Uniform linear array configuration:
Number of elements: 12
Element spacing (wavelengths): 1
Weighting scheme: cosine
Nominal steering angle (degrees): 0
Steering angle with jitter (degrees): -1.199
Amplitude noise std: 0.05
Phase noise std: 0.05

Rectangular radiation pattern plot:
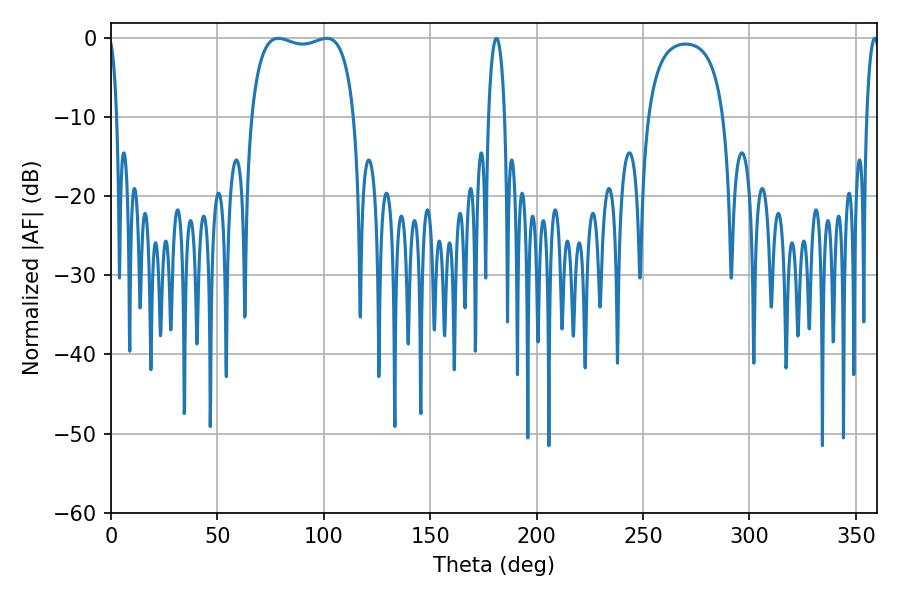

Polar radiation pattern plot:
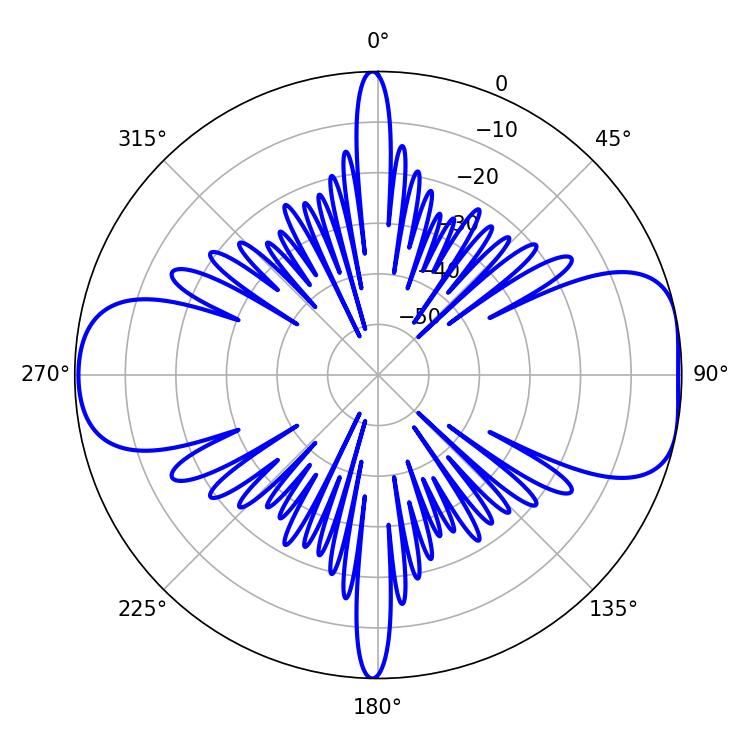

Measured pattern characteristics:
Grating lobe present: TRUE
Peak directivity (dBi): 8.552
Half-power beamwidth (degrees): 39.24
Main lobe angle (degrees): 78.66